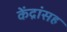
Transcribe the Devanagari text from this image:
केंद्रांसह